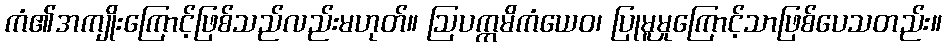
ကံ၏အကျိုးကြောင့်ဖြစ်သည်လည်းမဟုတ်။ ဩပက္ကမိကံယေဝ၊ ပြုမူမှုကြောင့်သာဖြစ်ပေသတည်း။